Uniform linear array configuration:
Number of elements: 48
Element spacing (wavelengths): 0.5
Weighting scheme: binomial
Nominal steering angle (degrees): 45
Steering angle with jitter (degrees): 46.433
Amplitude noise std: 0.05
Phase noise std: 0.05

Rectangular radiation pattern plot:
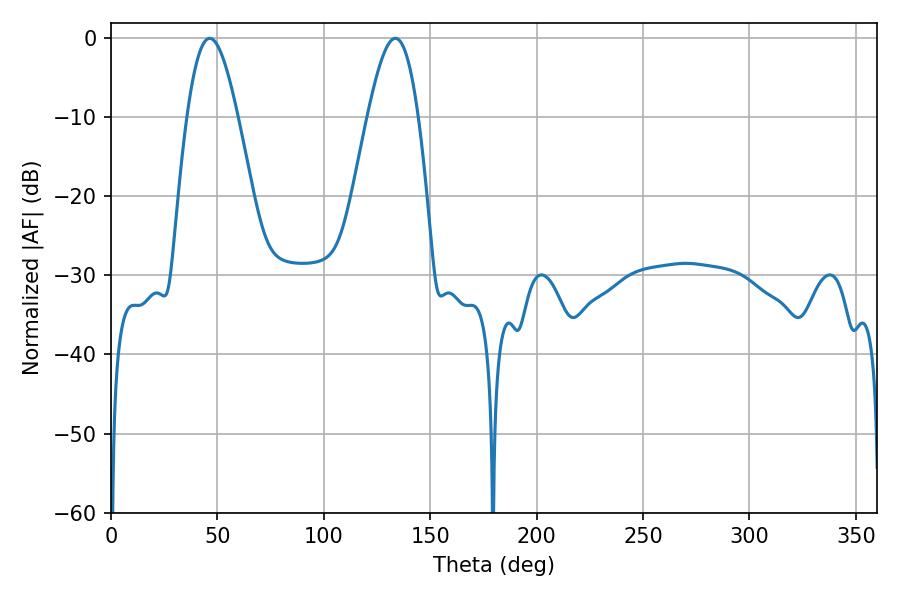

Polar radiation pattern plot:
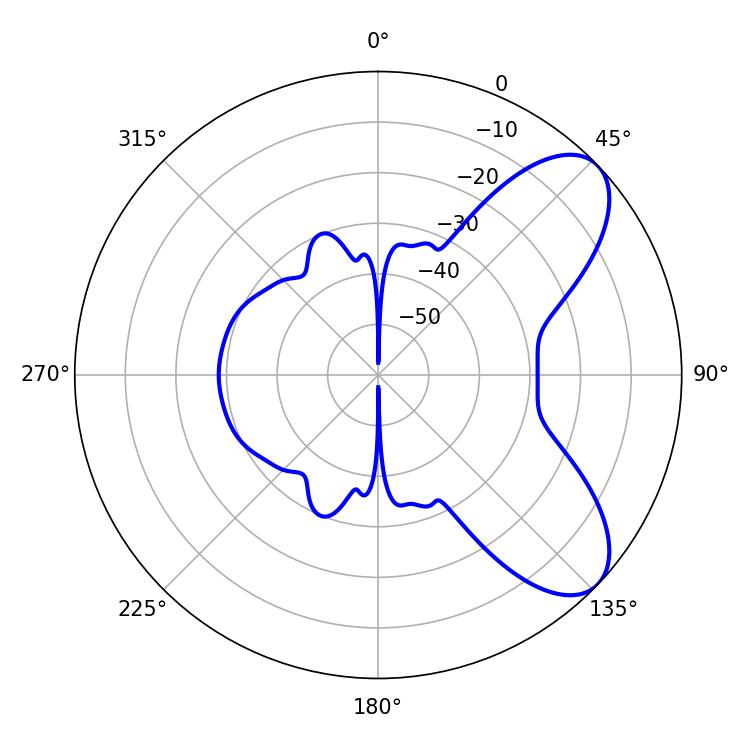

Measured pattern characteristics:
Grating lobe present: FALSE
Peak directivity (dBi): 7.489
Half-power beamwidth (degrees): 12.78
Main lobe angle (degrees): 46.44